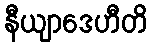
နီယျာဒေဟီတိ